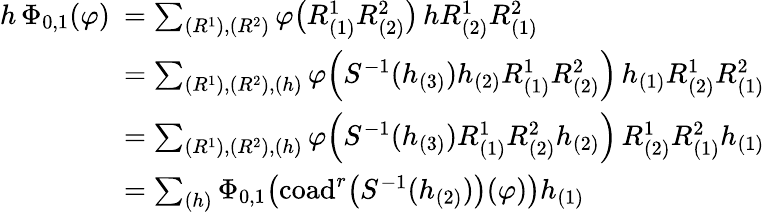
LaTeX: \begin{array}{rl}{h\, \Phi_{0,1}(\varphi)\! \! \! }&{=\sum_{(R^{1}),(R^{2})}\varphi\bigl(R_{(1)}^{1}R_{(2)}^{2}\bigr)\, hR_{(2)}^{1}R_{(1)}^{2}}\\ &{=\sum_{(R^{1}),(R^{2}),(h)}\varphi\! \left(S^{-1}(h_{(3)})h_{(2)}R_{(1)}^{1}R_{(2)}^{2}\right)\, h_{(1)}R_{(2)}^{1}R_{(1)}^{2}}\\ &{=\sum_{(R^{1}),(R^{2}),(h)}\varphi\! \left(S^{-1}(h_{(3)})R_{(1)}^{1}R_{(2)}^{2}h_{(2)}\right)\, R_{(2)}^{1}R_{(1)}^{2}h_{(1)}}\\ &{=\sum_{(h)}\Phi_{0,1}\! \left(\mathrm{coad}^{r}\bigl(S^{-1}(h_{(2)})\bigr)(\varphi)\right)h_{(1)}}\end{array}